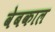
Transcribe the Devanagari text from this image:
वेबकाल